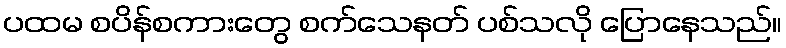
ပထမ စပိန်စကားတွေ စက်သေနတ် ပစ်သလို ပြောနေသည်။